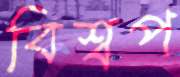
বিশ্বপ